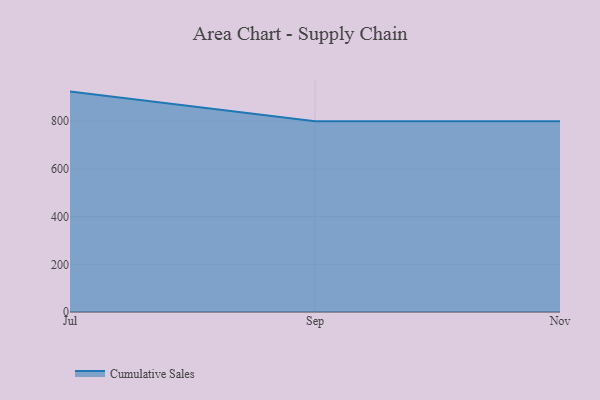
{"axis": {"x": "Month", "y": "Churn Rate (%)"}, "legend": ["Cumulative Sales"], "data": [{"x": "Jul", "y": 924.5, "type": "Cumulative Sales"}, {"x": "Sep", "y": 800, "type": "Cumulative Sales"}, {"x": "Nov", "y": 800, "type": "Cumulative Sales"}]}